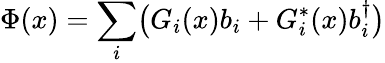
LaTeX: \Phi(x)=\sum_{i}\bigl(G_{i}(x)b_{i}+G_{i}^{*}(x)b_{i}^{\dagger}\bigr)